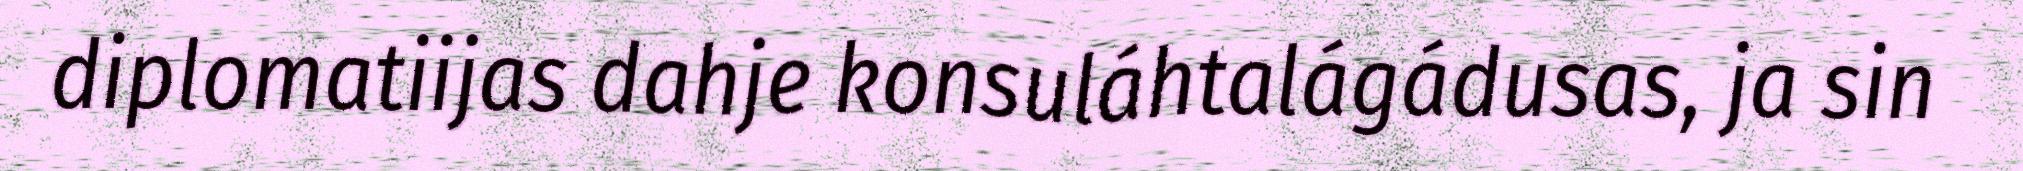
diplomatiijas dahje konsuláhtalágádusas, ja sin